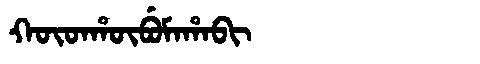
Manchu: ᡴᡡᡨᡥᡡᠪᡠᠮᠠᡥᠠᠪᡳ
Romanization: KŪTHŪBUMAHABI